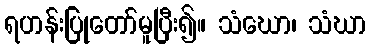
ရဟန်းပြုတော်မူပြီး၍။ သံဃော၊ သံဃာ